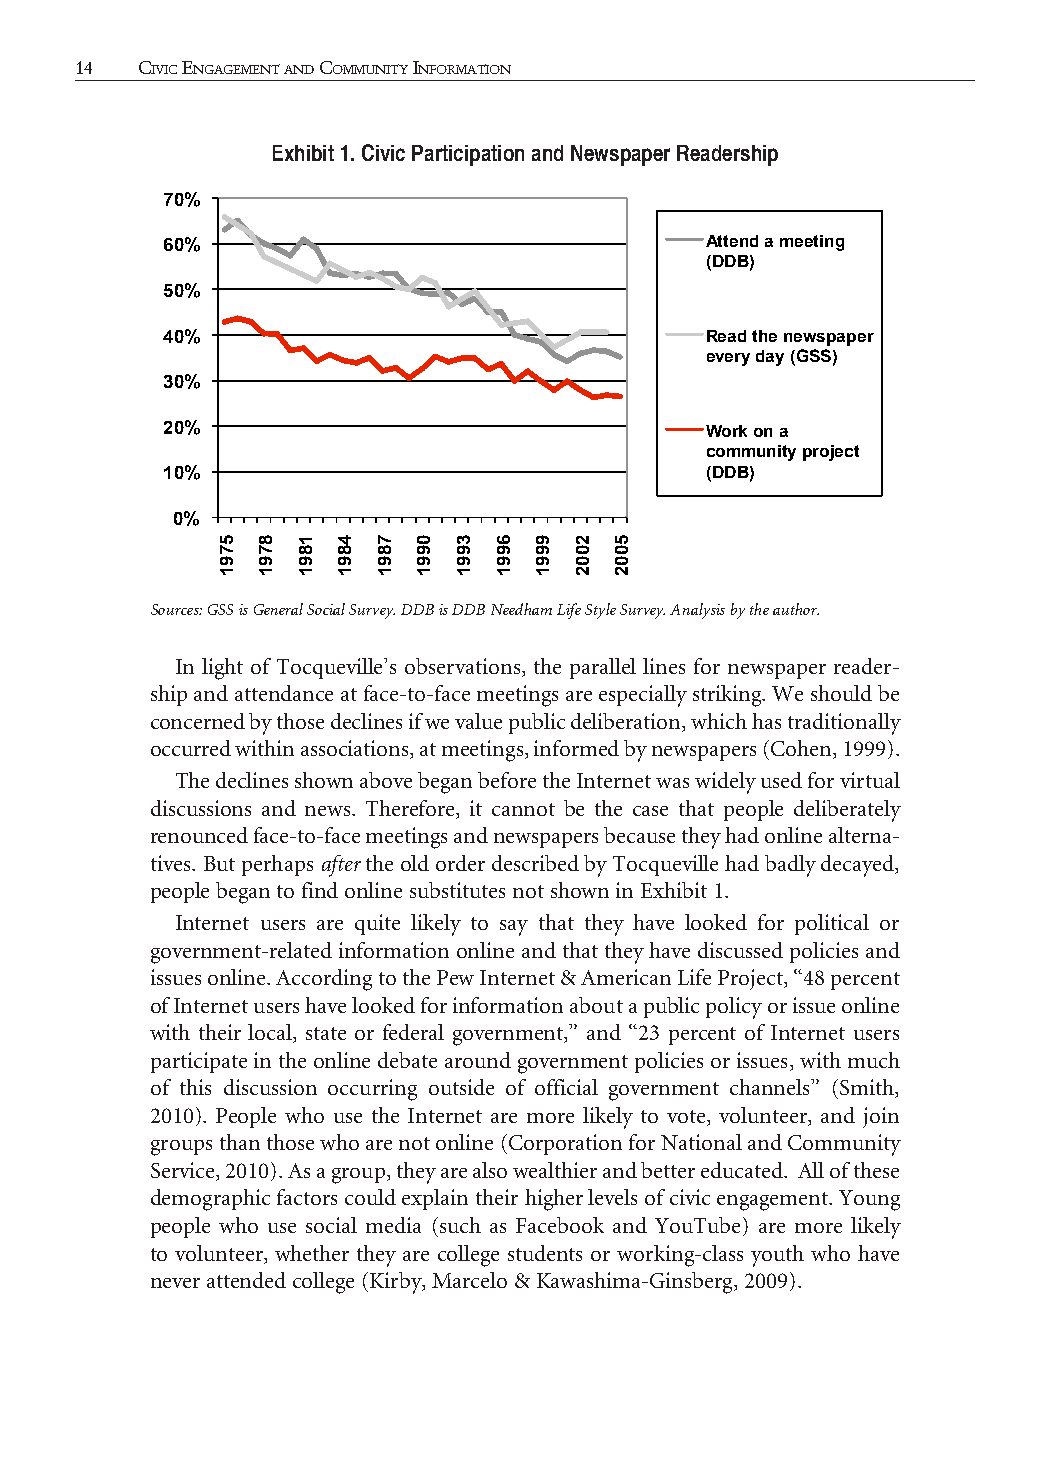
14  CiviC EngagEmEnt and Community information                                                                         thE rEport 15
 Exhibit 1. Civic Participation and Newspaper Readership
 70%
 60%                                 Attend a meeting
 (DDB)
 50%
 40%                                 Read the newspaper
 every day (GSS)
 30%
 20%                                 Work on a
 community project
 10%                                 (DDB)
 0%
 Sources: GSS is General Social Survey. DDB is DDB Needham Life Style Survey. Analysis by the author.
 In light of Tocqueville’s observations, the parallel lines for newspaper reader-
 ship and attendance at face-to-face meetings are especially striking. We should be
 concerned by those declines if we value public deliberation, which has traditionally
 occurred within associations, at meetings, informed by newspapers (Cohen, 1999).
 The declines shown above began before the Internet was widely used for virtual
 discussions and news. Therefore, it cannot be the case that people deliberately
 renounced face-to-face meetings and newspapers because they had online alterna-
 tives. But perhaps after the old order described by Tocqueville had badly decayed,
 people began to find online substitutes not shown in Exhibit 1.
 Internet users are quite likely to say that they have looked for political or
 government-related information online and that they have discussed policies and
 issues online. According to the Pew Internet & American Life Project, “48 percent
 of Internet users have looked for information about a public policy or issue online
 with their local, state or federal government,” and “23 percent of Internet users
 participate in the online debate around government policies or issues, with much
 of this discussion occurring outside of official government channels” (Smith,
 2010). People who use the Internet are more likely to vote, volunteer, and join
 groups than those who are not online (Corporation for National and Community
 Service, 2010). As a group, they are also wealthier and better educated. All of these
 demographic factors could explain their higher levels of civic engagement. Young
 people who use social media (such as Facebook and YouTube) are more likely
 to volunteer, whether they are college students or working-class youth who have
 never attended college (Kirby, Marcelo & Kawashima-Ginsberg, 2009).
 5791 8791 1891 4891 7891 0991 3991 6991 9991 2002 5002